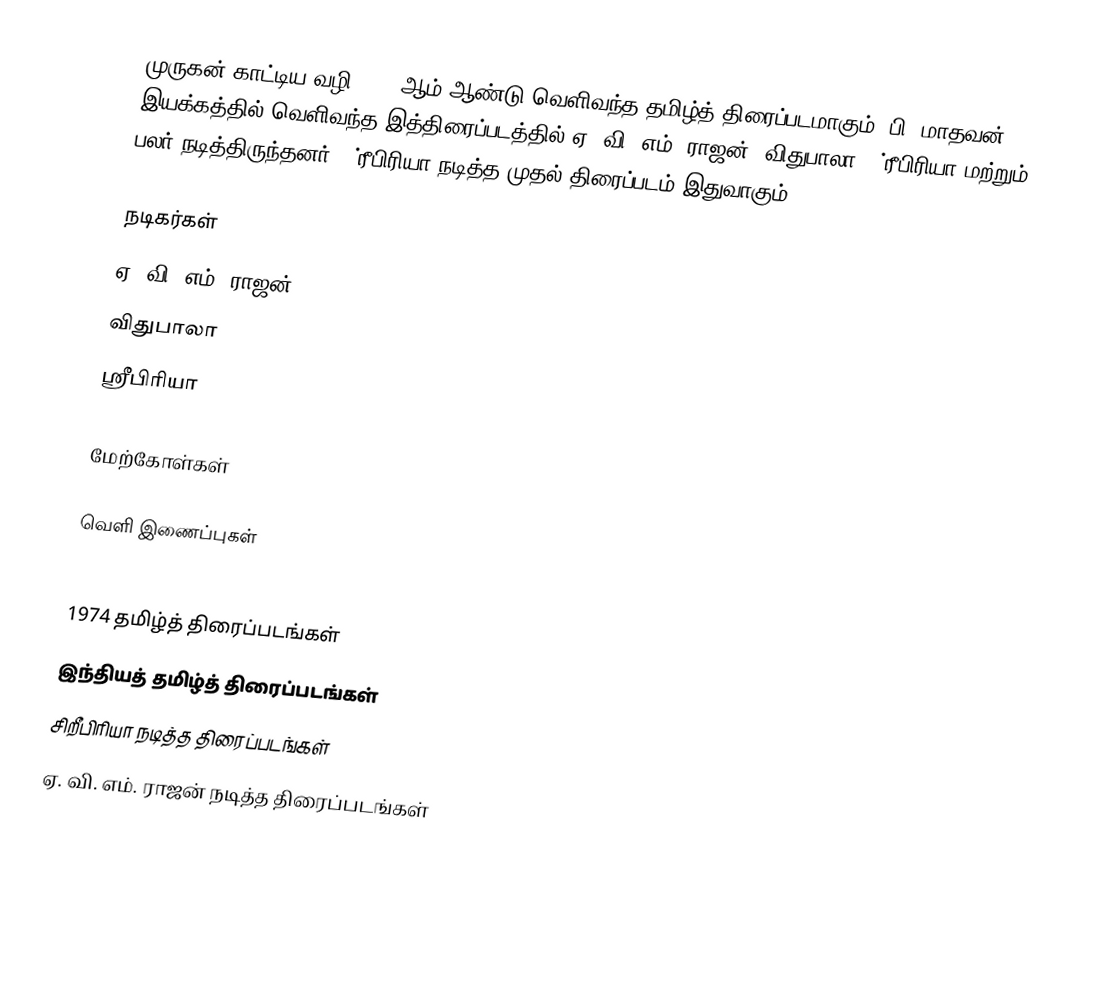
முருகன் காட்டிய வழி 1974 ஆம் ஆண்டு வெளிவந்த தமிழ்த் திரைப்படமாகும். பி. மாதவன் இயக்கத்தில் வெளிவந்த இத்திரைப்படத்தில் ஏ. வி. எம். ராஜன், விதுபாலா, ஶ்ரீபிரியா மற்றும் பலர் நடித்திருந்தனர். ஶ்ரீபிரியா நடித்த முதல் திரைப்படம் இதுவாகும்.

நடிகர்கள்
 ஏ. வி. எம். ராஜன்
 விதுபாலா
 ஶ்ரீபிரியா

மேற்கோள்கள்

வெளி இணைப்புகள்

1974 தமிழ்த் திரைப்படங்கள்
இந்தியத் தமிழ்த் திரைப்படங்கள்
சிறீபிரியா நடித்த திரைப்படங்கள்
ஏ. வி. எம். ராஜன் நடித்த திரைப்படங்கள்